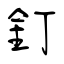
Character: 釘